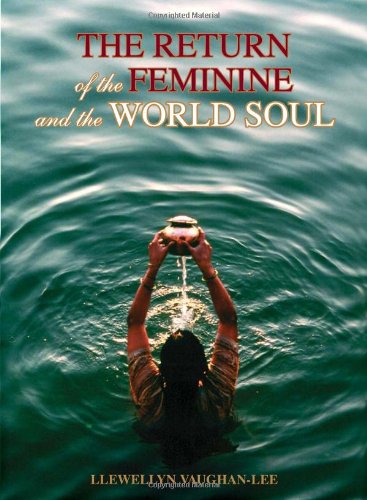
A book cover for The Return of the Feminine and the World Soul; Llewellyn Vaughan-Lee; Religion & Spirituality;